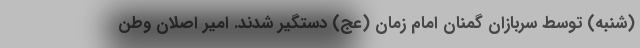
(شنبه) توسط سربازان گمنان امام زمان (عج) دستگیر شدند. امیر اصلان وطن